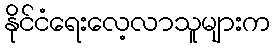
နိုင်ငံရေးလေ့လာသူများက